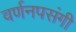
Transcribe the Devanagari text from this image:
वर्णनपसंगी